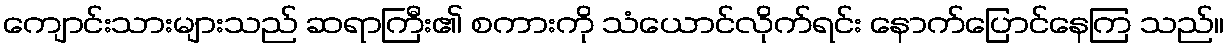
ကျောင်းသားများသည် ဆရာကြီး၏ စကားကို သံယောင်လိုက်ရင်း နောက်ပြောင်နေကြ သည်။